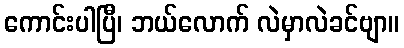
ကောင်းပါပြီ၊ ဘယ်လောက် လဲမှာလဲခင်ဗျာ။